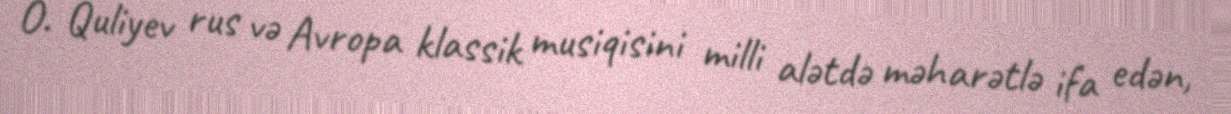
O. Quliyev rus və Avropa klassik musiqisini milli alətdə məharətlə ifa edən,